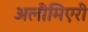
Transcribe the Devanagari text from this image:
अलीमिएरी